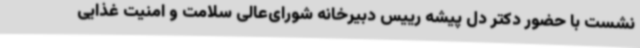
نشست با حضور دکتر دل پیشه رییس دبیرخانه شورای‌عالی سلامت و امنیت غذایی